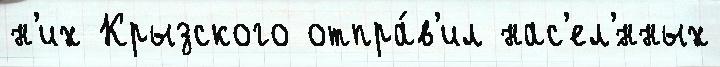
н'их Крызского отпра́в'ил нас'ел'́нных